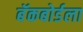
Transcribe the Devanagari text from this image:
बॅकबोर्डला